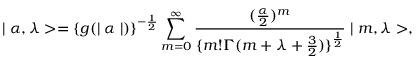
\mid \alpha , \lambda > = \{ g ( \mid \alpha \mid ) \} ^ { - \frac { 1 } { 2 } } \sum _ { m = 0 } ^ { \infty } \frac { ( \frac { \alpha } { 2 } ) ^ { m } } { \{ m ! \Gamma ( m + \lambda + \frac { 3 } { 2 } ) \} ^ { \frac { 1 } { 2 } } } \mid m , \lambda > ,